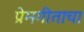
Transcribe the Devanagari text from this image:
प्रेमगीताचा